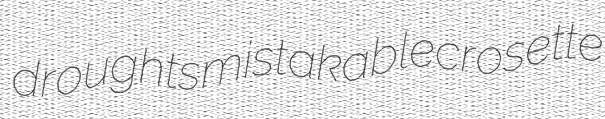
droughts mistakable crosette